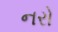
નરો